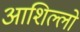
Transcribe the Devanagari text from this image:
आशिल्लो